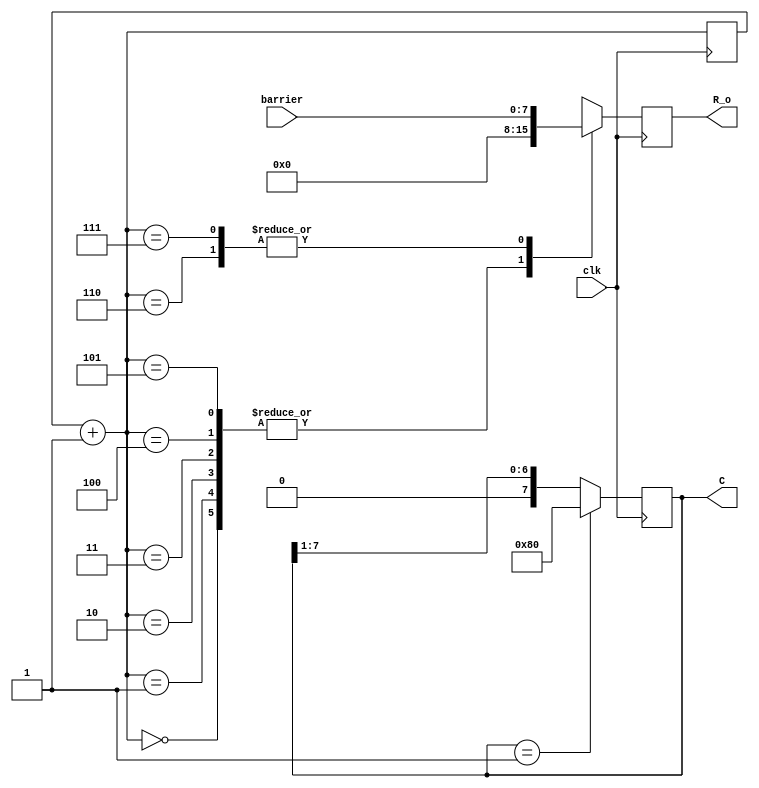
module dp(clk,barrier,C,R_o);
input clk;
input [7:0]barrier;
output reg[7:0]C,R_o;
reg [2:0]R_s;
always@(posedge clk)begin
	
	R_s=R_s+1'b1;
	case(R_s)
		3'b000:R_o=8'b00000000;
		3'b001:R_o=8'b00000000;
		3'b010:R_o=8'b00000000;
		3'b011:R_o=8'b00000000;
		3'b100:R_o=8'b00000000;
		3'b101:R_o=8'b00000000;
		3'b110:R_o=barrier;
		3'b111:R_o=barrier;
	endcase
	if(C==8'b00000001)C=8'b10000000;
	else begin
		C=C>>1;
	end
end
endmodule